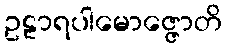
ဥဠာရပါမောဇ္ဇောတိ